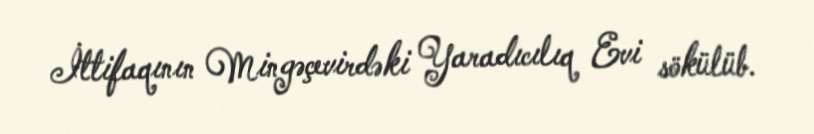
İttifaqının Mingəçevirdəki Yaradıcılıq Evi sökülüb.